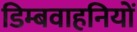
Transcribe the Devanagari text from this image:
डिम्बवाहनियों